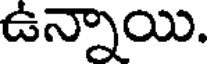
ఉన్నాయి.